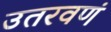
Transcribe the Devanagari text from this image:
उतरवणं